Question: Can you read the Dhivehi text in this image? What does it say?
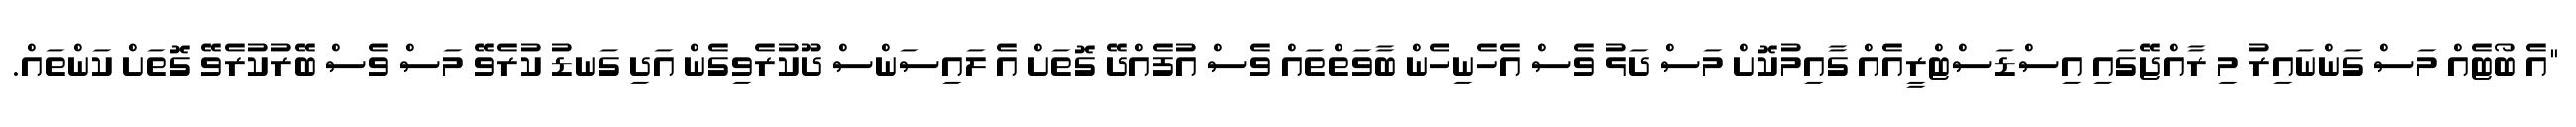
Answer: "އެ ބޯޓެއް މަސް ގަންނައިރު މި ރާއްޖޭގައި އިސްޑަސްޓްރީއެއް ގާއިމުކޮށް މަސް ދަޅު ވެސް އެހެނިހެން ބާވަތްތައް ވެސް އުފެއްދޭ ގޮތަށް އެ ލައިސަންސް ދޫކުރެވިގެން އަދި ގަނޑު ކުރެވޭ މަސް ވެސް ބޭރުކުރެވޭ ގޮތަށް ކަންތައް.